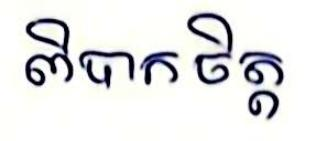
ពិបាកចិត្ត